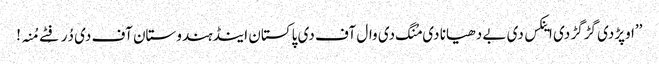
’’اوپڑدی گڑگڑ دی اینکس دی بے دھیانا دی مُنگ دی وال آف دی پاکستان اینڈ ہندوستان آف دی دُرفِٹے مُنہ!